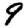
Digit: 9